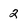
Character: 2